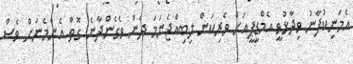
އެމަނިކުފާނު ވިދާޅުވީ އެމްޑީޕީއަށް ވެރިކަން ލިބިއްޖެނަމަ ދެން ވެގެންދާނެ ގޮތް އެންމެނަށް ވެސް